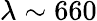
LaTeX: \lambda\sim 660